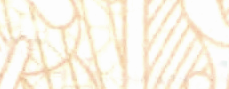
Now Hiring